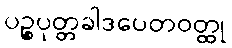
ပဉ္စပုတ္တခါဒပေတဝတ္ထု